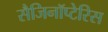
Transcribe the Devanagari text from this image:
सैजिनॉप्टेरिस